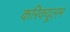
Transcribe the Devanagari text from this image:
करिक्यूलम